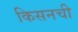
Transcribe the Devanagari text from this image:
किसनची